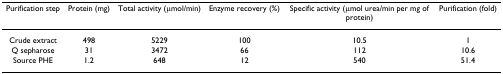
| Purification step | Protein (mg) | Total activity (μmol/min) | Enzyme recovery (%) | Specific activity (μmol urea/min per mg of protein) | Purification (fold) |
 | --- | --- | --- | --- | --- | --- |
 | Crude extract | 498 | 5229 | 100 | 10.5 | 1 |
 | Q sepharose | 31 | 3472 | 66 | 112 | 10.6 |
 | Source PHE | 1.2 | 648 | 12 | 540 | 51.4 |